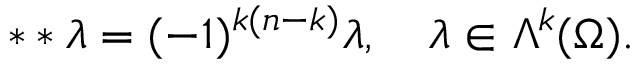
\ast \ast \lambda = ( - 1 ) ^ { k ( n - k ) } \lambda , \quad \lambda \in \Lambda ^ { k } ( \Omega ) .